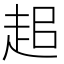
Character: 𧺽